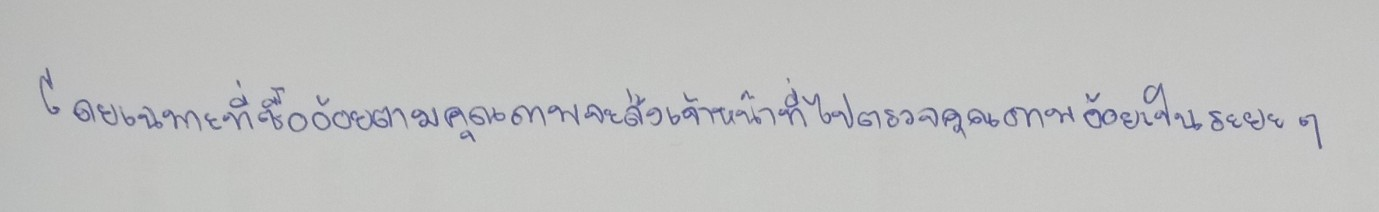
โดยเฉพาะที่ซื้ออ้อยตามคุณภาพจะส่งเจ้าหน้าที่ไปตรวจคุณภาพอ้อยเป็นระยะๆ